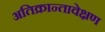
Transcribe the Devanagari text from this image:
अतिक्रान्तावेक्षण